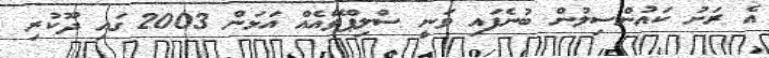
އެ ރަށު ކައުންސިލުން ބުނެފައި ވަނީ ސްލިޕްވޭއެއް އަޅަން 2003 ގައި ދޫކުރި